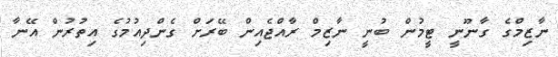
ނާޒިމްގެ ގާނޫނީ ޓީމުން ބުނީ ނާޒިމް ރާއްޖެއިން ބޭރަށް ގެންދިއުމުގެ އިތުރުން އޭނާ